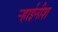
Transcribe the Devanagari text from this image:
र्‍हाईनीश